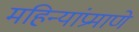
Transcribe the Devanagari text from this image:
महिन्यांप्रमाणे